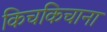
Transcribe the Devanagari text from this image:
किचकिचाना